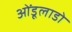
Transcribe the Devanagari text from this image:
ओंडूलाडो